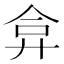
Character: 弇